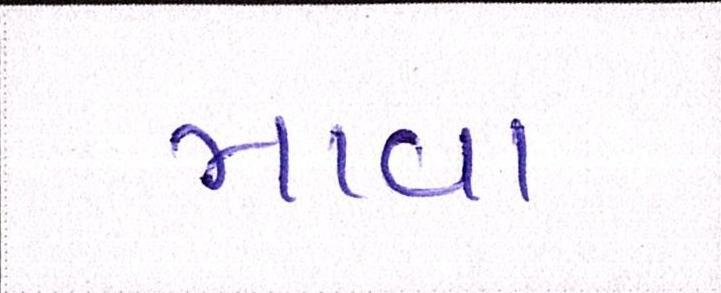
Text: માવા